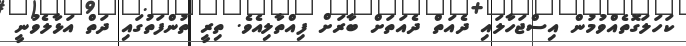
ކަހަލަގޮތެއްވުމުން އިސްޖަހާލައި ދެއަތް ދެއަތަށް ބާރަށް ފިއްތާލިއެވެ. ތިރީ ތުންފަތުގައި ދަތް އަޅާލެވުނީ